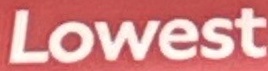
Lowest